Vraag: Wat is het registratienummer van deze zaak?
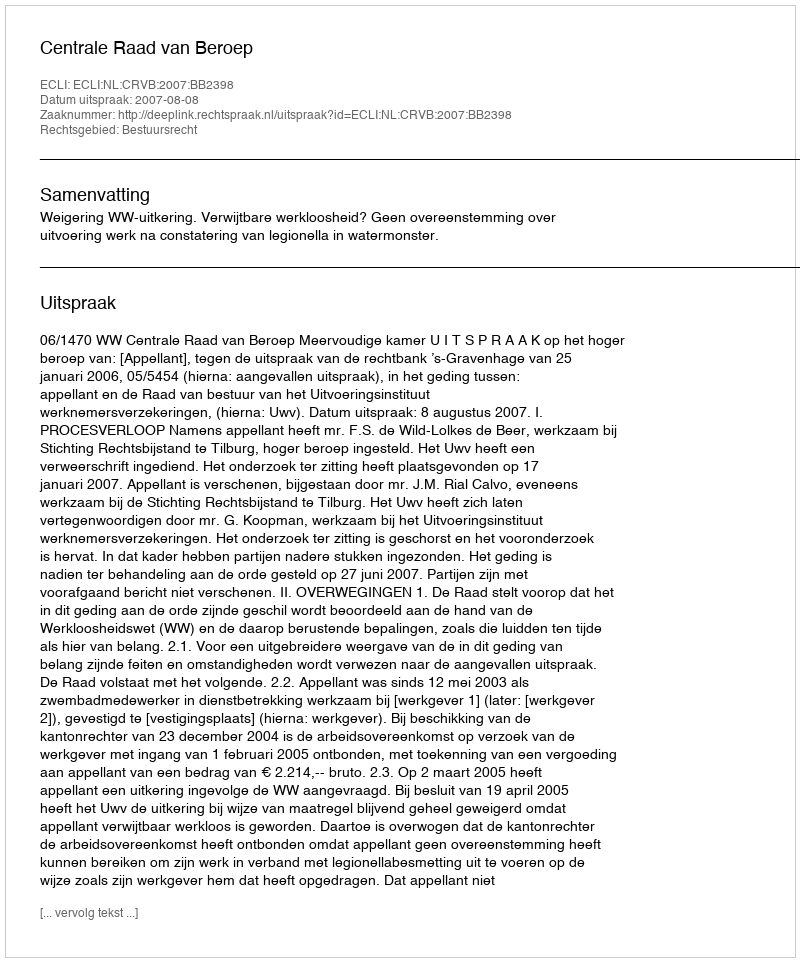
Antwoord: http://deeplink.rechtspraak.nl/uitspraak?id=ECLI:NL:CRVB:2007:BB2398